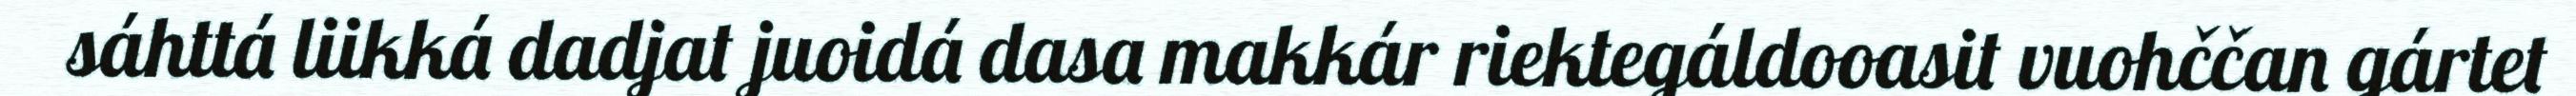
sáhttá liikká dadjat juoidá dasa makkár riektegáldooasit vuohččan gártet